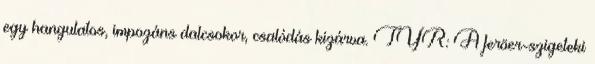
egy hangulatos, impozáns dalcsokor, csalódás kizárva. TYR: A feröer-szigeteki